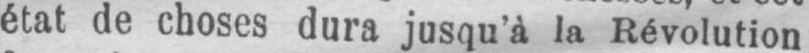
état de choses dura jusqu’à la Révolution